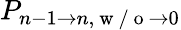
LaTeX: P_{n-1\to n,\mathrm{~w~/~o~}\to 0}